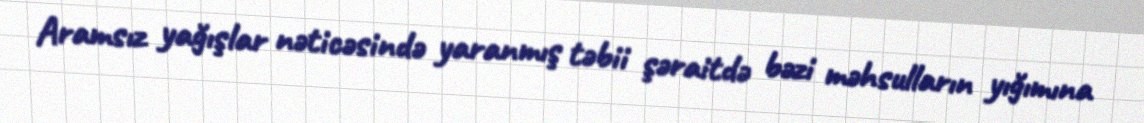
Aramsız yağışlar nəticəsində yaranmış təbii şəraitdə bəzi məhsulların yığımına